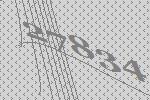
27834